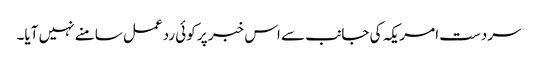
سردست امریکہ کی جانب سے اس خبر پر کوئی ردعمل سامنے نہیں آیا۔